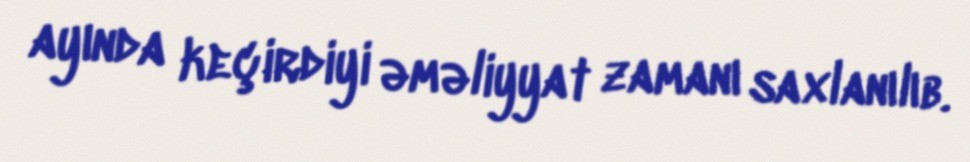
ayında keçirdiyi əməliyyat zamanı saxlanılıb.